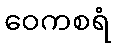
ဝေကစရံ